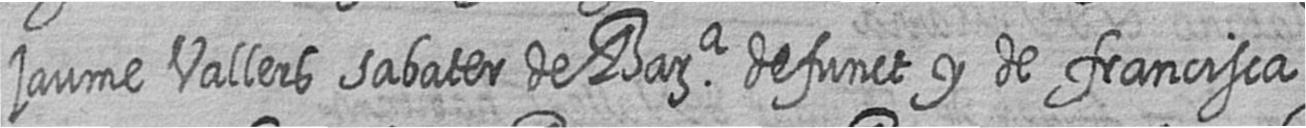
jaume Vallers sabater de Bara defunct y de francisca